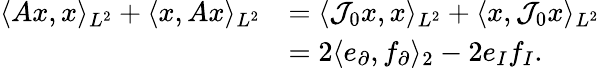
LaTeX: \begin{array}{rl}{\langle Ax,x\rangle_{L^{2}}+\langle x,Ax\rangle_{L^{2}}}&{=\langle\mathcal{J}_{0}x,x\rangle_{L^{2}}+\langle x,\mathcal{J}_{0}x\rangle_{L^{2}}}\\ &{=2\langle e_{\partial},f_{\partial}\rangle_{2}-2e_{I}f_{I}.}\end{array}